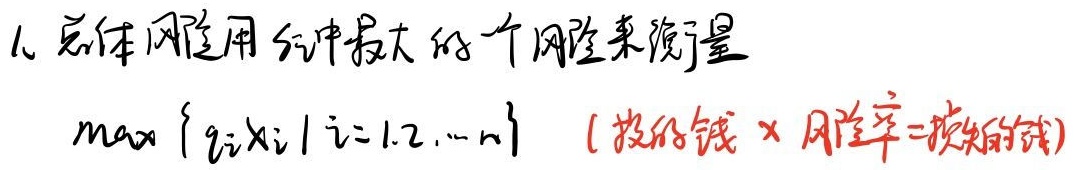
1. 总体风险用 \(i\)种中最大的一个风险来衡量\(\max\{q_i x_i\mid i = 1,2,\cdots,n\}\)（投的钱×风险率 = 损失的钱）